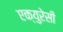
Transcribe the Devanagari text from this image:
एक्युरेसी